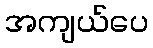
အကျယ်ပေ